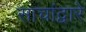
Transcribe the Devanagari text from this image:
साचांद्वारे